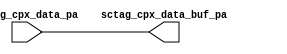
module cpx_databuf_ca(
   sctag_cpx_data_buf_pa, 
   sctag_cpx_data_pa
   );
   output [144:0]  sctag_cpx_data_buf_pa;
   input  [144:0]  sctag_cpx_data_pa;
   assign sctag_cpx_data_buf_pa = sctag_cpx_data_pa;
endmodule